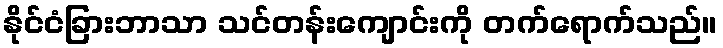
နိုင်ငံခြားဘာသာ သင်တန်းကျောင်းကို တက်ရောက်သည်။